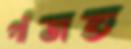
গাঁজত